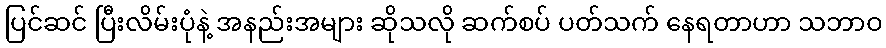
ပြင်ဆင် ပြီးလိမ်းပုံနဲ့ အနည်းအများ ဆိုသလို ဆက်စပ် ပတ်သက် နေရတာဟာ သဘာဝ